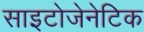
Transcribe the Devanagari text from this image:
साइटोजेनेटिक